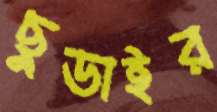
ছুডাইর